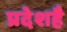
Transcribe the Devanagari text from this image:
प्रदेशहै